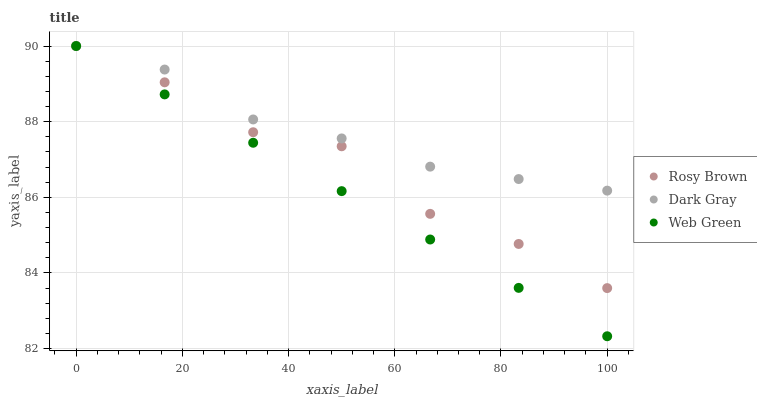
| xaxis_label | Rosy Brown | Dark Gray | Web Green |
 | --- | --- | --- | --- |
 | 0 | 90 | 90 | 90 |
 | 16.7 | 89 | 89.4 | 88.7 |
 | 33.3 | 87.7 | 88.1 | 87.4 |
 | 50 | 87.3 | 87.6 | 86.2 |
 | 66.7 | 85.6 | 86.8 | 84.9 |
 | 83.3 | 84.8 | 86.5 | 83.6 |
 | 100 | 83.6 | 86.2 | 82.3 |